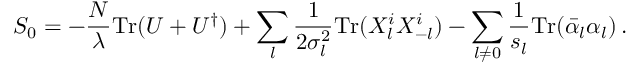
S _ { 0 } = - { \frac { N } { \lambda } } \mathrm { T r } ( U + U ^ { \dagger } ) + \sum _ { l } { \frac { 1 } { 2 \sigma _ { l } ^ { 2 } } } \mathrm { T r } ( X _ { l } ^ { i } X _ { - l } ^ { i } ) - \sum _ { l \not = 0 } { \frac { 1 } { s _ { l } } } \mathrm { T r } ( \bar { \alpha } _ { l } \alpha _ { l } ) \, .